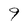
Character: 9